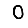
Digit: 0